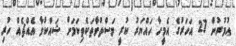
އުމުރުން 27 އަހަރުގެ އެމީހާ ހައްޔަރު ކުރީ މަސްތުވާތަކެތިކަމަށް ޝައްކުވާ އެއްޗެއް ހުރި